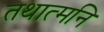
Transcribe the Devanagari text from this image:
तथात्मनि